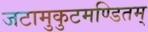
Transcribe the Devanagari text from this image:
जटामुकुटमण्डितम्‌